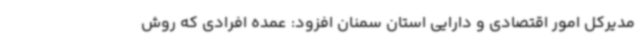
مدیرکل امور اقتصادی و دارایی استان سمنان افزود: عمده افرادی که روش